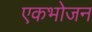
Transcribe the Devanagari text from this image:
एकभोजन